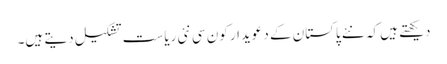
دیکھتے ہیں کہ نئے پاکستان کے دعویدار کون سی نئی ریاست تشکیل دیتے ہیں۔